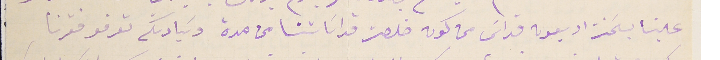
علينا بسَحنت اربعون قداسَ من كون خلصت قداسَاتنا من مدة وسَيادتكم تعرفو فقرنا